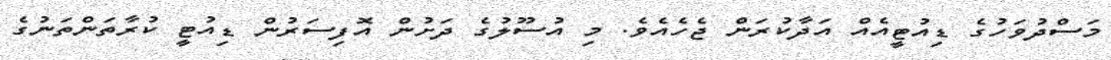
މަސްދުވަހުގެ ޑިއުޓީއެއް އަދާކުރަން ޖެހެއެވެ. މި އުސޫލުގެ ދަށުން އޮފިސަރުން ޑިއުޓީ ކުރާތަންތަނުގެ